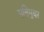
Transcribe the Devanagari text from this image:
मनिमुथर